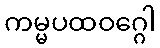
ကမ္မပထဝဂ္ဂေါ